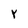
Character: Y